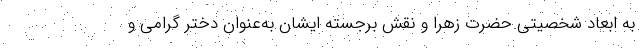
به ابعاد شخصیتی حضرت زهرا و نقش برجسته ایشان به‌عنوان دختر گرامی و